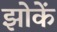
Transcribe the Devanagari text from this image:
झोकें